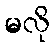
မလို